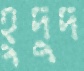
হুদুদ